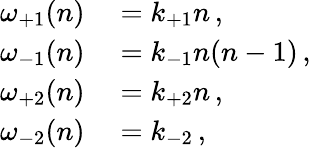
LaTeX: \begin{array}{rl}{\omega_{+1}(n)}&{{}=k_{+1}n\, ,}\\ {\omega_{-1}(n)}&{{}=k_{-1}n(n-1)\, ,}\\ {\omega_{+2}(n)}&{{}=k_{+2}n\, ,}\\ {\omega_{-2}(n)}&{{}=k_{-2}\, ,}\end{array}